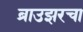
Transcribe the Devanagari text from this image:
ब्राउझरचा